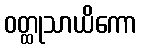
ဝတ္ထုသာယိကော